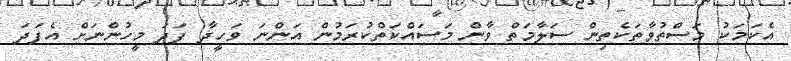
އެކަމަކު މަސްތުވާތަކެތިން ސަލާމަތް ވާން މަސައްކަތްކުރަމުން އަންނަ ވަހީދާ ފަދަ މީހުންނަށް އެފަދަ